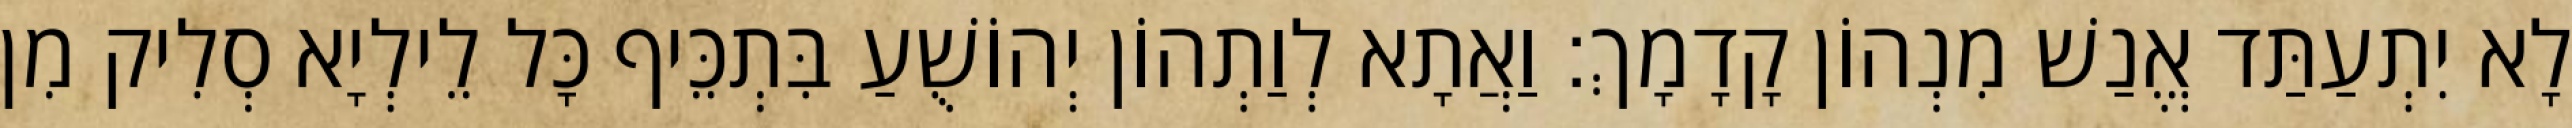
לָא יִתְעַתַּד אֱנַשׁ מִנְהוֹן קָדָמָךְ׃ וַאֲתָא לְוַתְהוֹן יְהוֹשֻׁעַ בִּתְכֵּיף כָּל לֵילְיָא סְלִיק מִן